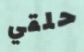
حلقي